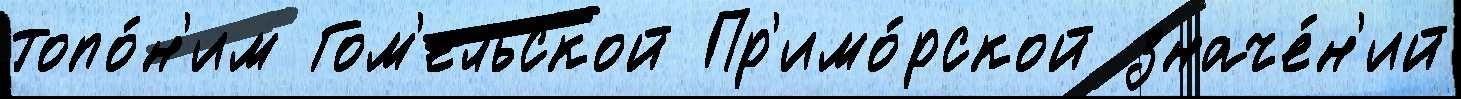
топо́н'им Гом'ельской Пр'имо́рской значе́н'ий